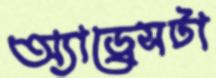
অ্যাড্রেসটা